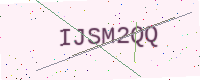
Text: IJSM2QQ